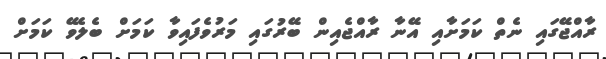
ރާއްޖޭގައި ނެތް ކަމަށާއި އޭނާ ރާއްޖެއިން ބޭރުގައި މަރުވެފައިވާ ކަމަށް ބެލެވޭ ކަމަށް